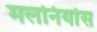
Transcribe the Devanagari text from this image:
मलनिर्यास